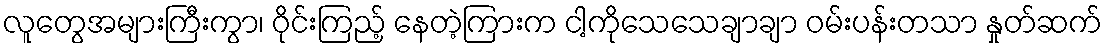
လူတွေအများကြီးကွာ၊ ဝိုင်းကြည့် နေတဲ့ကြားက ငါ့ကိုသေသေချာချာ ဝမ်းပန်းတသာ နှုတ်ဆက်